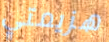
هزيمتي